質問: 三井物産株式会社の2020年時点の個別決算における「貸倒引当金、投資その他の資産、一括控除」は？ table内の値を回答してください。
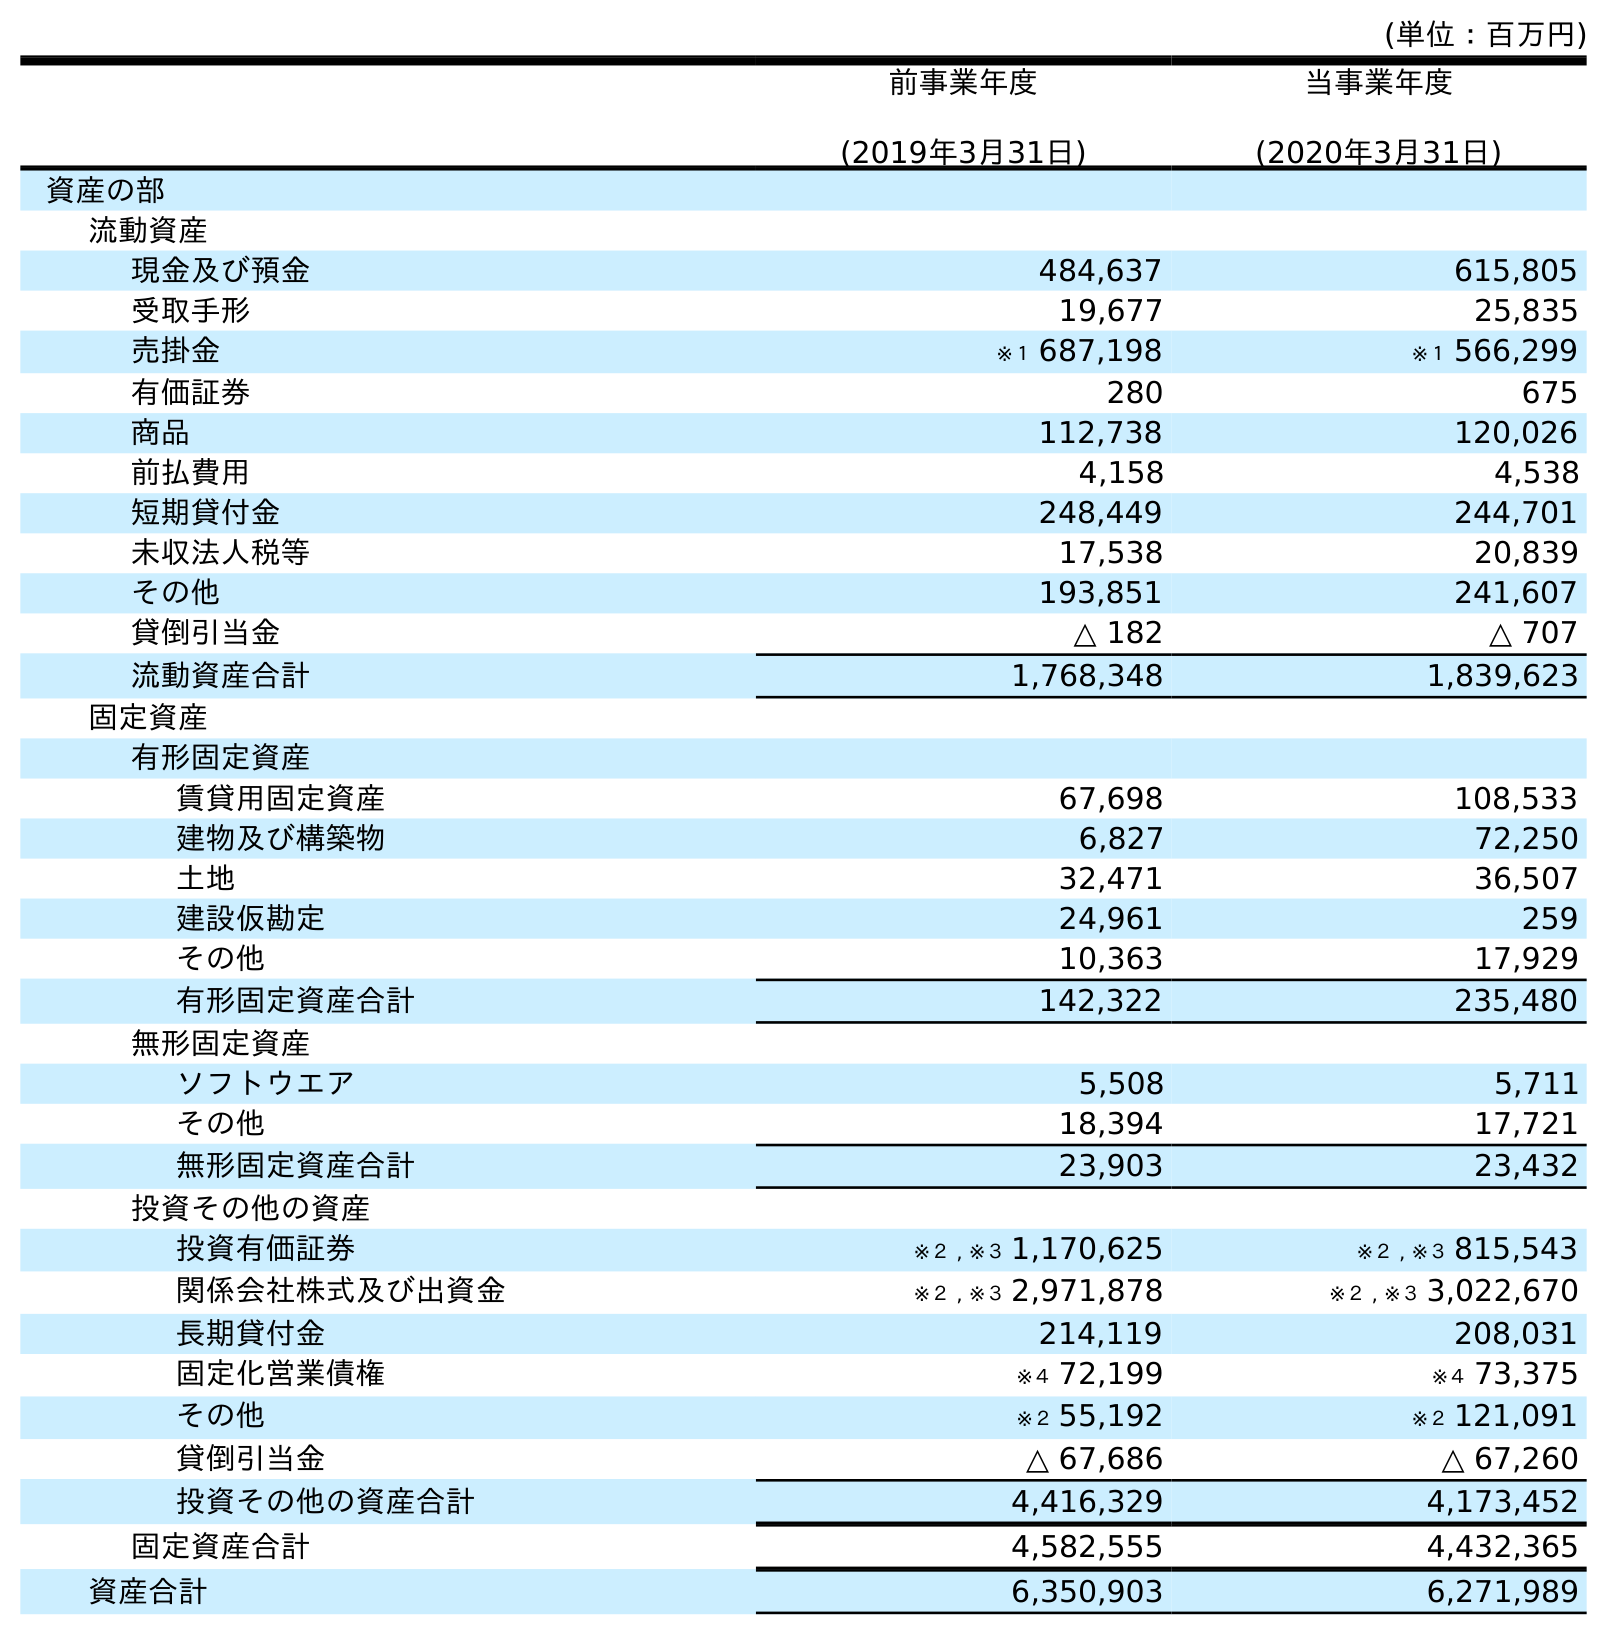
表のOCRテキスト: (単位：百万円) 前事業年度 (2019年3月31日) 当事業年度 (2020年3月31日) 資産の部 流動資産 現金及び預金 484,637 615,805 受取手形 19,677 25,835 売掛金 ※１ 687,198 ※１ 566,299 有価証券 280 675 商品 112,738 120,026 前払費用 4,158 4,538 短期貸付金 248,449 244,701 未収法人税等 17,538 20,839 その他 193,851 241,607 貸倒引当金 △ 182 △ 707 流動資産合計 1,768,348 1,839,623 固定資産 有形固定資産 賃貸用固定資産 67,698 108,533 建物及び構築物 6,827 72,250 土地 32,471 36,507 建設仮勘定 24,961 259 その他 10,363 17,929 有形固定資産合計 142,322 235,480 無形固定資産 ソフトウエア 5,508 5,711 その他 18,394 17,721 無形固定資産合計 23,903 23,432 投資その他の資産 投資有価証券 ※２ , ※３ 1,170,625 ※２ , ※３ 815,543 関係会社株式及び出資金 ※２ , ※３ 2,971,878 ※２ , ※３ 3,022,670 長期貸付金 214,119 208,031 固定化営業債権 ※４ 72,199 ※４ 73,375 その他 ※２ 55,192 ※２ 121,091 貸倒引当金 △ 67,686 △ 67,260 投資その他の資産合計 4,416,329 4,173,452 固定資産合計 4,582,555 4,432,365 資産合計 6,350,903 6,271,989
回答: △67,260